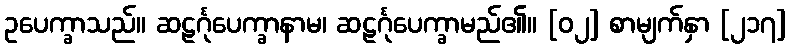
ဥပေက္ခာသည်။ ဆဠင်္ဂုပေက္ခာနာမ၊ ဆဠင်္ဂုပေက္ခာမည်၏။ [၀၂] စာမျက်နှာ [၂၁၇]